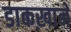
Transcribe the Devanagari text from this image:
डाकख़ाने